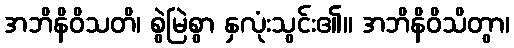
အဘိနိဝိသတိ၊ စွဲမြဲစွာ နှလုံးသွင်း၏။ အဘိနိဝိသိတွာ၊